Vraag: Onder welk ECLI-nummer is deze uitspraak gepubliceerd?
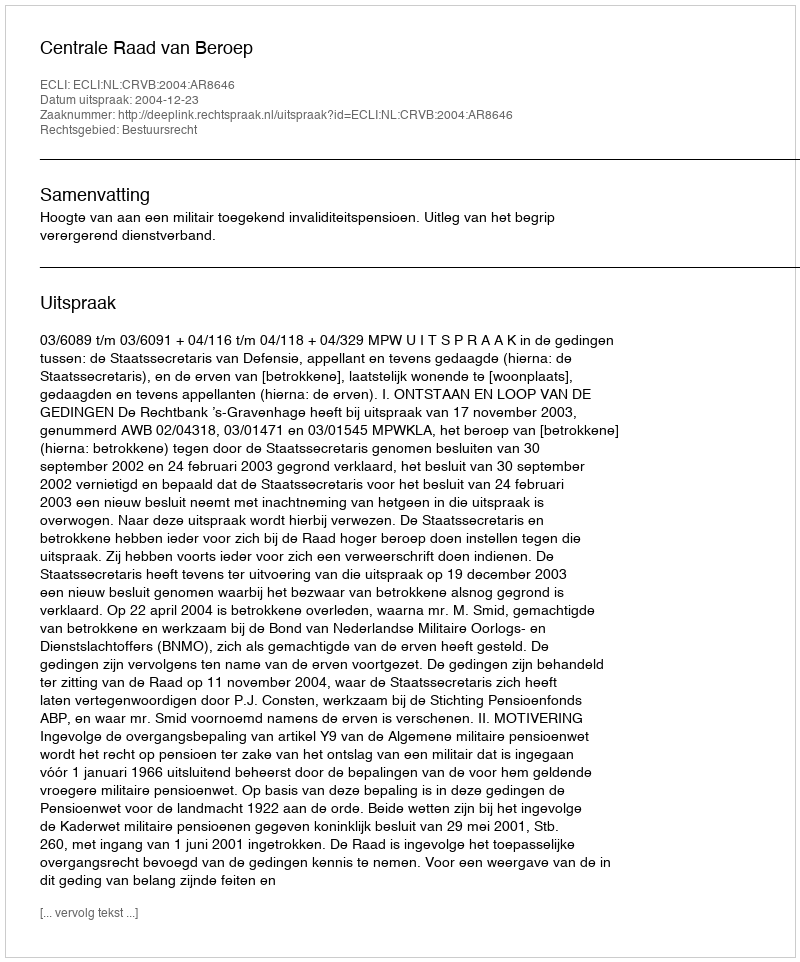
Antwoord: ECLI:NL:CRVB:2004:AR8646